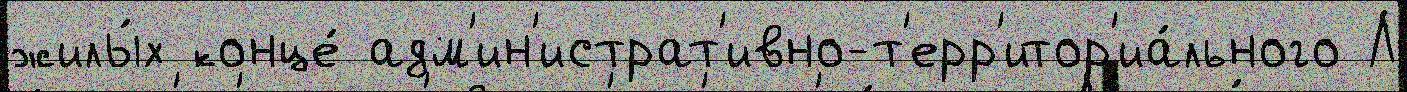
жилы́х конце́ адм'ин'истрат'ивно-т'ерр'итор'иа́льного Л